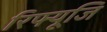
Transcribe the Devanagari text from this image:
रिफ्यूजि